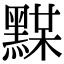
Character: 𪑞